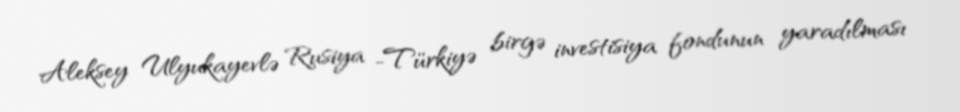
Aleksey Ulyukayevlə Rusiya -Türkiyə birgə investisiya fondunun yaradılması